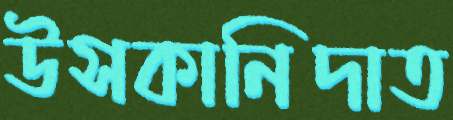
উসকানিদাত